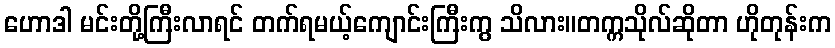
ဟောဒါ မင်းတို့ကြီးလာရင် တက်ရမယ့်ကျောင်းကြီးကွ သိလား။တက္ကသိုလ်ဆိုတာ ဟိုတုန်းက